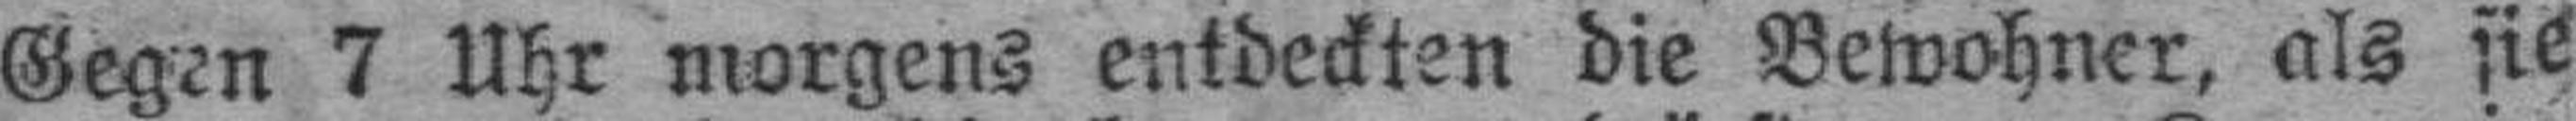
Gegen 7 Uhr morgens entdeckten die Bewohner, als sie